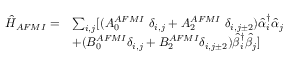
\begin{array} { l l } { \hat { H } _ { A F M I } = } & { \sum _ { i , j } [ { ( A _ { 0 } ^ { A F M I } \ { \delta } _ { i , j } + A _ { 2 } ^ { A F M I } \ { \delta } _ { i , j \pm 2 } ) \hat { \alpha } _ { i } ^ { \dagger } \hat { \alpha } _ { j } } } \\ & { + ( B _ { 0 } ^ { A F M I } { \delta } _ { i , j } + B _ { 2 } ^ { A F M I } { \delta } _ { i , j \pm 2 } ) \hat { \beta } _ { i } ^ { \dagger } \hat { \beta } _ { j } ] } \end{array}